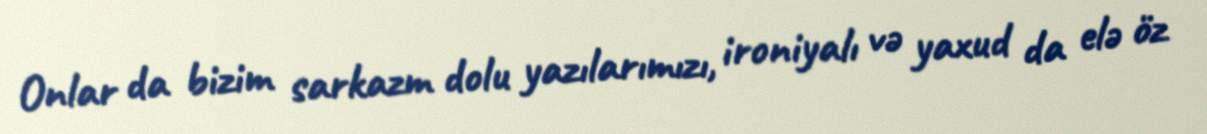
Onlar da bizim sarkazm dolu yazılarımızı, ironiyalı və yaxud da elə öz